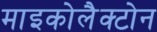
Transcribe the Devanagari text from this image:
माइकोलैक्टोन